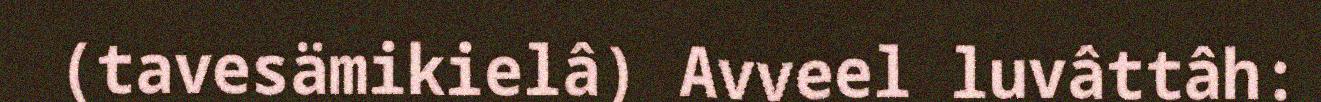
(tavesämikielâ) Avveel luvâttâh: